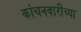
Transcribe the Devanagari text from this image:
कांचनबारीच्या